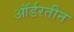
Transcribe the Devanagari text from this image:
ऑर्डरतीन